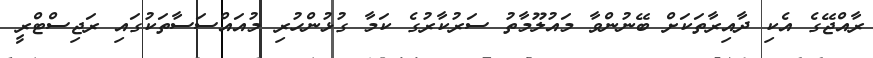
ރާއްޖޭގެ އެކި ދާއިރާތަކަށް ބޭނުންވާ މައުލޫމާތު ސަރުކާރުގެ ކަމާ ގުޅުންހުރި މުއައްސަސާތަކުގައި ރަޖިސްޓްރީ